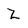
Character: Z